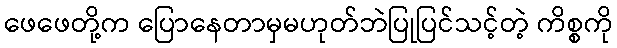
ဖေဖေတို့က ပြောနေတာမှမဟုတ်ဘဲပြုပြင်သင့်တဲ့ ကိစ္စကို